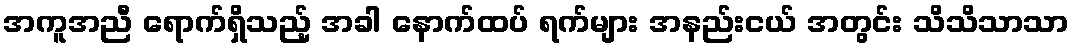
အကူအညီ ရောက်ရှိသည့် အခါ နောက်ထပ် ရက်များ အနည်းငယ် အတွင်း သိသိသာသာ